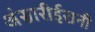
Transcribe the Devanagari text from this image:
अंसारीईरानी